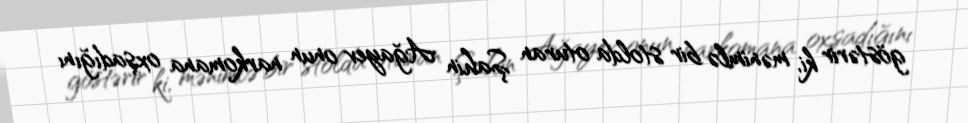
göstərir ki, mənimlə bir stolda oturan Şahin Ağayev onun narkomana oxşadığını